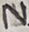
Text: N